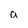
Character: a